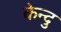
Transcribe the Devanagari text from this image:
केन्दु